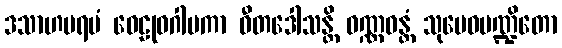
ဒသာဟပရမံ ဝေဠုဝဂါမကာ ဝီတဒေါသန္တိ ဝဏ္ဏဝန္တံ သုမေဓပဏ္ဍိတော